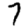
Digit: 7